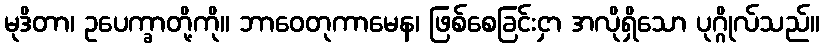
မုဒိတာ၊ ဥပေက္ခာတို့ကို။ ဘာဝေတုကာမေန၊ ဖြစ်စေခြင်းငှာ အလိုရှိသော ပုဂ္ဂိုလ်သည်။